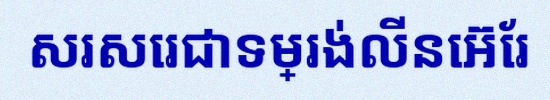
សរសេរជាទម្រង់លីនេអ៊ែរ